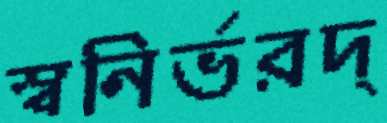
স্বনির্ভরদ্